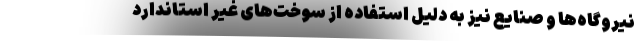
نیروگاه‌ها و صنایع نیز به‌ دلیل استفاده از سوخت‌های غیر استاندارد